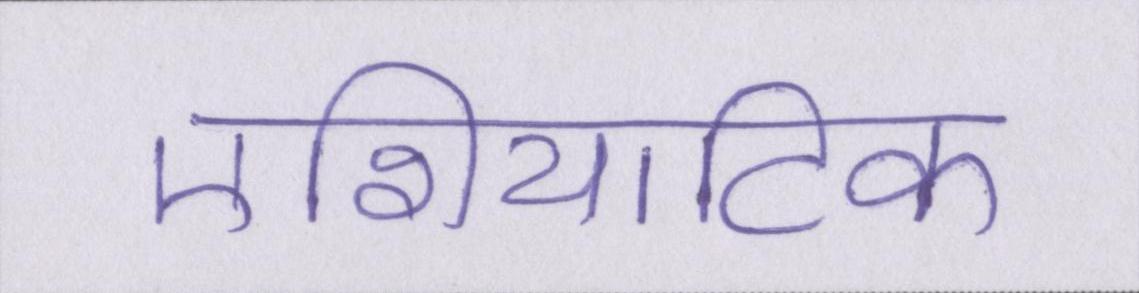
एशियाटिक